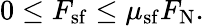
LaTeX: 0\leq F_{\mathrm{sf}}\leq\mu_{\mathrm{sf}}F_{\mathrm{N}}.